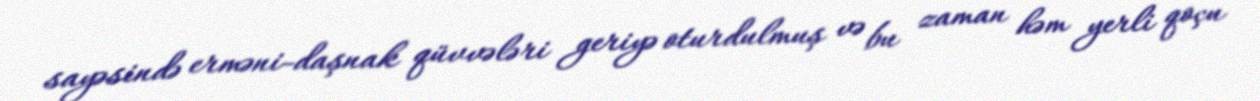
sayəsində erməni-daşnak qüvvələri geriyə oturdulmuş və bu zaman həm yerli qoçu